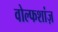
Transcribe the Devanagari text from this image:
वोल्फशांज़